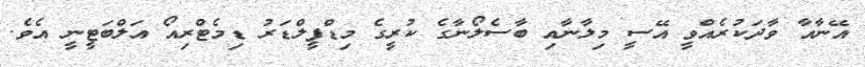
އޭނާއާ ވާދަކުރެއްވީ އޭސީ މިލާނާއި ބާސެލޯނާގެ ކުރީގެ މިޑްފީލްޑަރު ޑިމެޓްރިއޯ އަލްބަޓީނީ އެވެ.